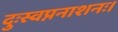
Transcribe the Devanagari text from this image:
दुःस्वप्ननाशनः।